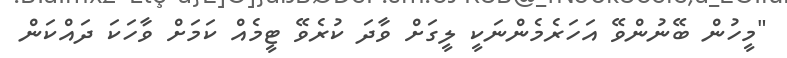
"މީހުން ބޭނުންވޭ އަހަރެމެންނަކީ ލީގަށް ވާދަ ކުރެވޭ ޓީމެއް ކަމަށް ވާހަކަ ދައްކަން